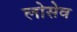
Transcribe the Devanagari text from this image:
लोसेव